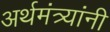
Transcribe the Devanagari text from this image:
अर्थमंत्र्यांनी